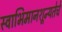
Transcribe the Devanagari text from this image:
स्वाभिमानशून्यतेचे